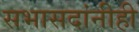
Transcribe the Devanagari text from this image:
सभासदांनीही